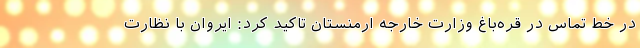
در خط تماس در قره‌باغ وزارت خارجه ارمنستان تاکید کرد: ایروان با نظارت